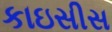
કાઇસીસ